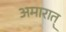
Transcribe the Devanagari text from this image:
अमारात्